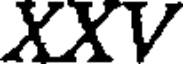
XXV